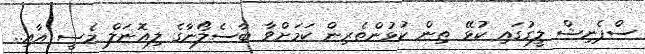
ސްޕެނިޝް ލީގުގައި ކުޅޭ ތިން ކުޅުންތެރިން ކަމަށްވާ ބާސެލޯނާގެ ލިއޮނަލް މެސީ އާއި..